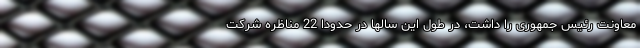
معاونت رئیس جمهوری را داشت، در طول این سالها در حدوداً 22 مناظره شرکت